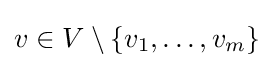
v\in V\setminus \{v_{1},\dots ,v_{m}\}